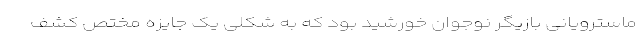
ماسترویانی بازیگر نوجوان خورشید بود که به شکلی یک جایزه مختص کشف